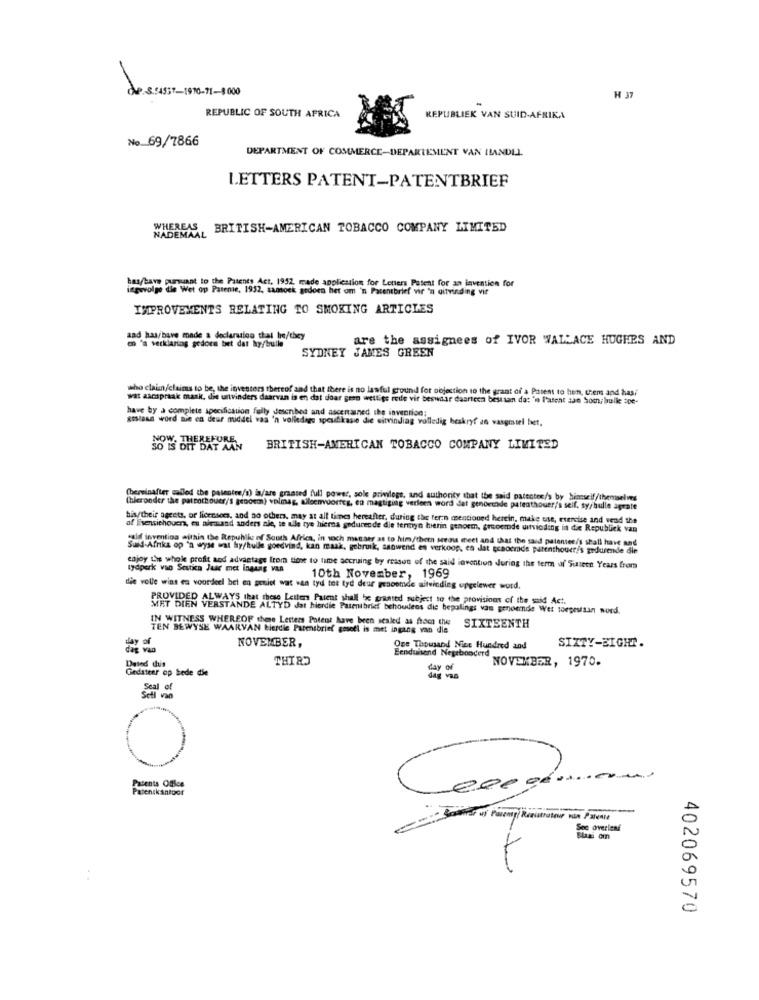
de 5:4939-1970-71-8000
H 37
REPUBLIC OF SOUTH AFRICA
REPUBLIEK VAN SUID-AFRIKA
No_69/7866
DEPARTMENT OF COMMERCE-DEPARTEMENT VAN ILANDLL.
LETTERS PATENT-PATENTBRIEF
WHEREAS , BRITISH-AMERICAN TOBACCO COMPANY LIMITED
has/have pumuant to the Patents Act, 1952, made application for Letters Patent for an invention for
ingevolge die Wet op Patente, 1932, samock gedoes het om 'n Patentbrief vir 'n uitvinding vir
IMPROVEMENTS RELATING TO SMOKING ARTICLES
aad has/have made a declaration thai he/they
are the assignees of IVOR WALLACE HUGHES AND
en 's verklaring sedore bet dat ky/bulle
SYDNEY JAMES GREEN
who claimn /claims to be, the investors thereof and that there is no lawful ground for objection to the grant of a Parent to hen, chems and has/
wat asespraak mask, die uitvinders daarvan is en dat doar geen wettige rode vir beswaar dasricen best tan das 'in l'asent aan Somni bulle ope-
have by a complete specification fully described and ascertained the invention:
me ca deur middel vaa 'n volledige spesifikase die uitvinding volledig beskryf an vasgestel het.
SO IS DIT DAT AAN BRITISH-AMERICAN TOBACCO COMPANY LIMITED
(hereinafter called the patentee/s) is/are granted full power, sole privilege, and authority that the said patentes/s by himself/themselves
(hieronder the patrothouer/'s genoem) volmag, alleenvoorreg, en magtiging verleen word det genocide patenthouer/s self, sy/ bulle agrate
his/their agents, or licensors, and no others, may at all times hereafter, during the tern mentioned herein, make ense, exercise and vend the
of Eisensichouen, en niemand anders ale, te alle tye hierna gedurende die terinyn hierin genoem, greoemde uitvinding in die Republiek van
esif invention within the Republic of South Africa, in sich masser as to him/thern seeds meet and that the said patentes/s shall have and
Suid-Afrika op 'n wyse wat hy/hulle goedvind, kan maak, gebruik, snowend es verkoop, en lat genoemde patenthouer/'s gedurende die
enjoy the whole profit and advantage from time to time accruing by reason of the said invention during the term of' Sitett Years from
lydperk vao Sestien Jaar met Ingung van
10th November, 1969
die volle wins en voordeel bet en geniet wat wan tyd tot tyd deur genoemde uitvinding opgelewer word.
PROVIDED ALWAYS that these Letlen Patent shall be granted subject to the provisions of the said Act.
MET DIEN VERSTANDE ALTYD dat hierdie Patentbrief behoudens die bepalings vas genoemde Wet toegestaan word.
IN WITNESS WHEREOF these Letters Potert have been sealed as from the SIXTEENTH
TEN BEWYSE WAARVAN bierdie Parensbrief gesell is met ingang van die
NOVEMBER,
SIXTY-EIGHT.
One Thousand Nine Hundred and
Eenduisend Negebonderd
THIRD
NOVEMBER, 1970.
Gedateer op Sede die
day of
dag vas
Seal of
Sell van
Patents Office
Patenikantoor
Sono Misemp Ronistrateur von Pavill
402069570